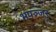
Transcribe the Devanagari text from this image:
भपञ्जरः